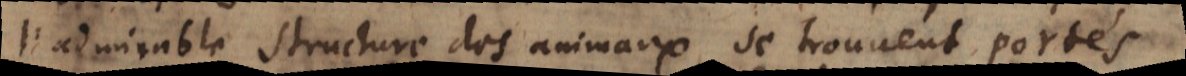
l’admirable structure des animaux se trouvent portés